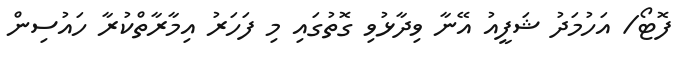
ފޮޓޯ/ އަހުމަދު ޝަފީއު އޭނާ ވިދާޅުވި ގޮތުގައި މި ފަހަރު އިމާރާތްކުރާ ހައުސިން